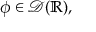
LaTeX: \phi \in { \mathcal { D } } ( \mathbb { R } ) ,